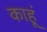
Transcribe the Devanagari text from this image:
काहूं